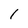
Character: 1